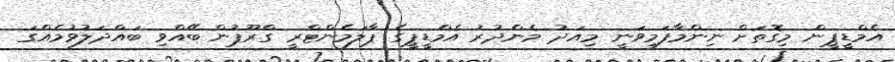
އެމްޑީޕީން މިގޮތަށް ނިންމާފަމިވަނީ މިއަދު މެންދުރު އެމްޑީޕީގެ ޕާލަމެންޓްރީ ގްރޫޕުން ބޭއްވި ބައްދަލުވުމެއްގަ